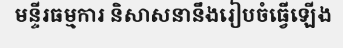
មន្ទីរធម្មការ និសាសនានឹងរៀបចំធ្វើឡើង